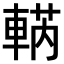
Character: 𨌣